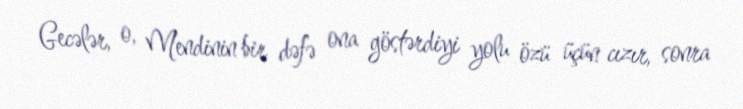
Gecələr, o, Mendinin bir dəfə ona göstərdiyi yolu özü üçün cızır, sonra